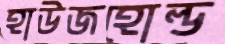
হাউজহোল্ড